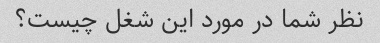
نظر شما در مورد این شغل چیست؟